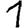
Digit: 1